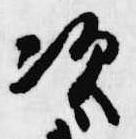
次